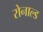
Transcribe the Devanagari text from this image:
रोनाल्‍ड